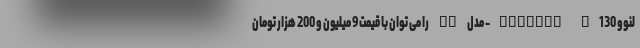
لنوو Ideapad V130- مدل PC را می توان با قیمت 9 میلیون و 200 هزار تومان